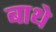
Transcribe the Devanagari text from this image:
बाथे